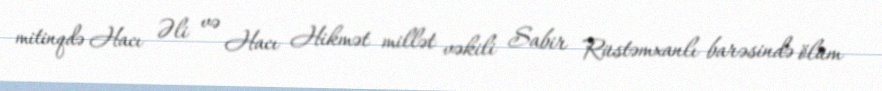
mitinqdə Hacı Əli və Hacı Hikmət millət vəkili Sabir Rüstəmxanlı barəsində ölüm